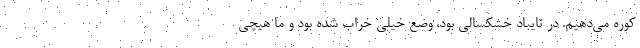
کوره می‌دهیم. در تایباد خشکسالی بود، وضع خیلی خراب شده بود و ما هیچی